system: You are a helpful assistant.
user:
Analyze the provided spectrum to determine if it is a **S-type Star**.

- **Key Indicators for S-type Star:**

    - **(Overall Spectrum Shape):** The first and most obvious characteristic is the overall continuum (the "baseline" shape). It is **extremely "red-sloping,"** meaning the flux (light intensity) is very low on the left side (blue, ~4000-4500 Å) and rises steeply and continuously toward the right side (red, ~7000 Å+).

    - **(Primary):** The spectrum is defined by the presence of strong, broad molecular absorption "valleys" (bands) from **Zirconium Oxide (ZrO)**. The identification of these bands is the **primary requirement** for classifying a star as S-type.
        - **(Key Bandheads):** You must find distinct, deep "dips" where the light has been absorbed. The most critical band systems to locate are:
            - **~6474 Å** ($\gamma$-system): This is often the strongest and clearest ZrO feature, found in the red part of the spectrum.
            - **~5718 Å** & **~5551 Å** ($\beta$-system): A pair of prominent absorption features in the yellow-orange part of the spectrum.
            - **~4640 Å** ($\alpha$-system): A key absorption band system in the blue-green region of the spectrum.

    - **(Secondary Confirmation):** The classification is strengthened by finding additional absorption bands from other related heavy element oxides, which are expected to be present alongside ZrO.
        - **(Key Bandheads):**
            - **Yttrium Oxide (YO):** Look for absorption dips near **~4800 Å** and **~6100 Å**.
            - **Lanthanum Oxide (LaO):** Additional absorption features, particularly in the red-orange part of the spectrum, are also characteristic.

    - **(Line Profile):** The combination of the steep red continuum and these numerous, deep molecular bands (ZrO, YO, etc.) gives the entire spectrum a very **"chopped-up"** or **"bumpy"** appearance. Instead of a smooth curve, the spectrum looks as though large, wide chunks of light have been "carved out" of it at the specific wavelengths listed above.

Think first, call **spectral_visualization_tool** if needed to examine features in detail, then provide your final answer. Your response must adhere to the following strict rules:
1.  **Overall Structure:** Your response must follow the format `<think>...</think> <tool_call>...</tool_call> (if a tool is used) <answer>...</answer>`.
2.  **Tool Usage Constraint:** You may only make **one** tool call per turn.
3.  **Final Answer Format:** In the `<answer>` tag, your conclusion must be inside a `\boxed{}` command (e.g., `\boxed{YES}` or `\boxed{NO}`), followed by your justification.

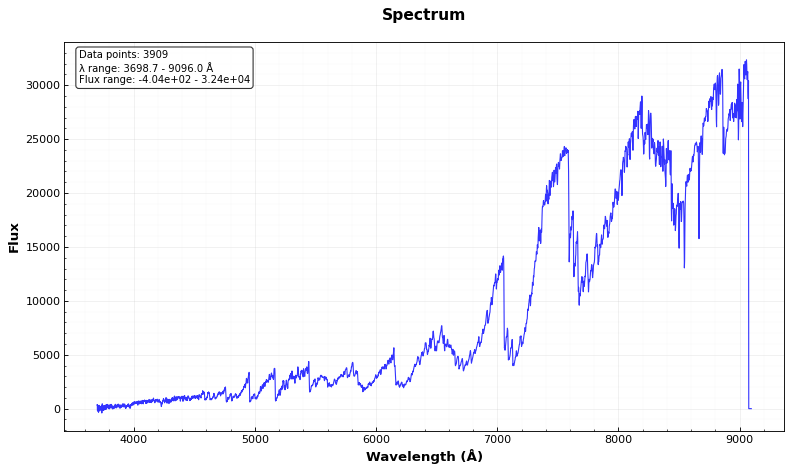
Answer: YES